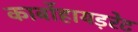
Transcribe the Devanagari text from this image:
कार्बोहायड़रेट